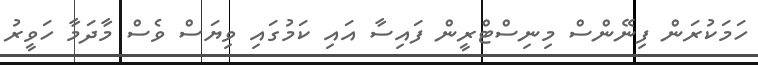
ހަމަކުރަން ފިނޭންސް މިނިސްޓްރީން ފައިސާ އައި ކަމުގައި ވިޔަސް ވެސް މާދަމާ ހަވީރު